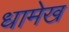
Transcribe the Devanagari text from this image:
धामेख